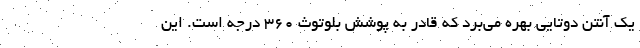
یک آنتن دوتایی بهره می‌برد که قادر به پوشش بلوتوث 360 درجه است. این